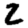
Digit: 2